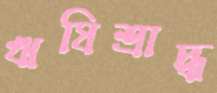
ঋষিশ্রাদ্ধ